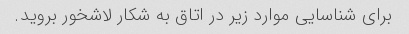
برای شناسایی موارد زیر در اتاق به شکار لاشخور بروید.